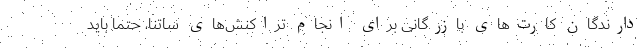
دارندگان کارت‌های بازرگانی برای انجام تراکنش‌های ساتنا، حتماً باید